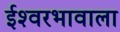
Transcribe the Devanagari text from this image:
ईश्‍वरभावाला